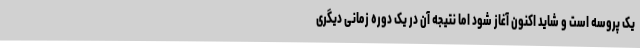
یک پروسه است و شاید اکنون آغاز شود اما نتیجه آن در یک دوره زمانی دیگری